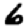
Digit: 6